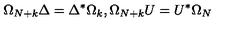
\Omega _ { N + k } \Delta = \Delta ^ { * } \Omega _ { k } , \Omega _ { N + k } U = U ^ { * } \Omega _ { N }